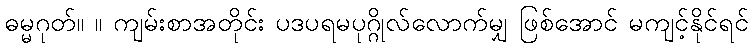
ဓမ္မဂုတ်။ ။ ကျမ်းစာအတိုင်း ပဒပရမပုဂ္ဂိုလ်လောက်မျှ ဖြစ်အောင် မကျင့်နိုင်ရင်